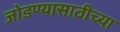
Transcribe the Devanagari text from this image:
जोडण्यासाठीच्या